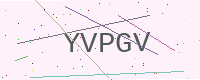
Text: YVPGV